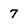
Character: 7